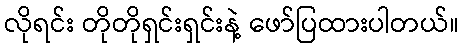
လိုရင်း တိုတိုရှင်းရှင်းနဲ့ ဖော်ပြထားပါတယ်။